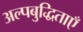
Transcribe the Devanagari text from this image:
अल्पबुद्धिताएँ